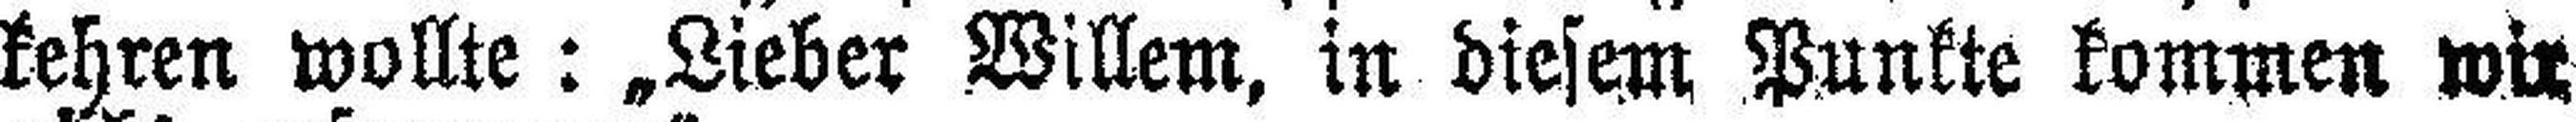
kehren wollte: „Lieber Willem, in diesem Punkte kommen wir